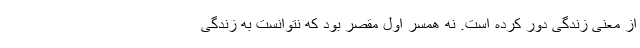
از معنی زندگی دور کرده است. نه همسر اول مقصر بود که نتوانست به زندگی